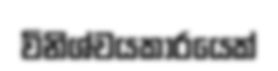
විනිශ්චයකාරයෙක්